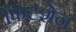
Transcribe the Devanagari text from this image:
फिटशेन